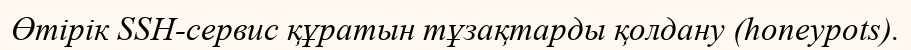
Өтірік SSH-сервис құратын тұзақтарды қолдану (honeypots).